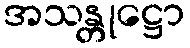
အသန္တုဋ္ဌော